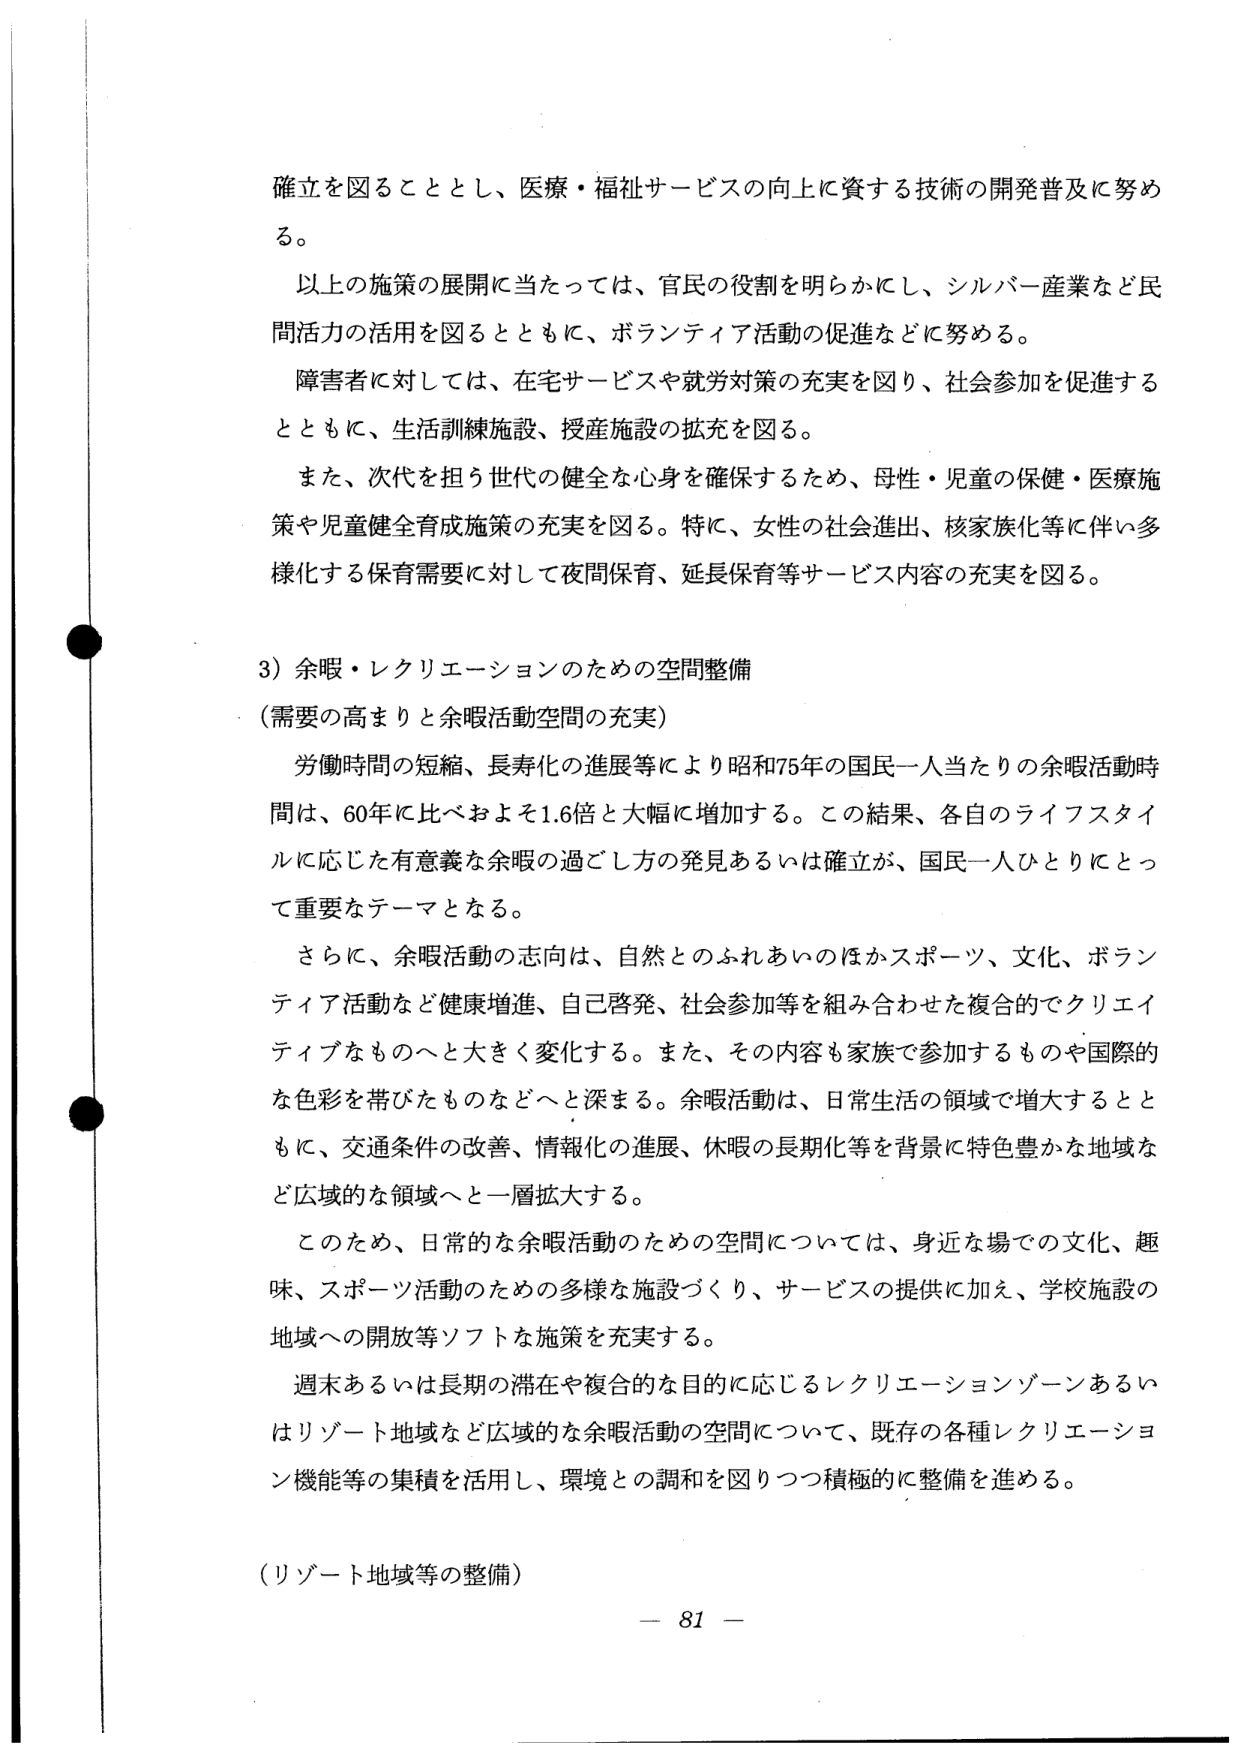
確立を図ることとし、医療・福祉サービスの向上に資する技術の開発普及に努める。

以上の施策の展開に当たっては、官民の役割を明らかにし、シルバー産業など民間活力の活用を図るとともに、ボランティア活動の促進などに努める。

障害者に対しては、在宅サービスや就労対策の充実を図り、社会参加を促進するとともに、生活訓練施設、授産施設の拡充を図る。

また、次代を担う世代の健全な心身を確保するため、母性・児童の保健・医療施策や児童健全育成施策の充実を図る。特に、女性の社会進出、核家族化等に伴い多様化する保育需要に対して夜間保育、延長保育等サービス内容の充実を図る。

3）余暇・レクリエーションのための空間整備
（需要の高まりと余暇活動空間の充実）

労働時間の短縮、長寿化の進展等により昭和75年の国民一人当たりの余暇活動時間は、60年に比べおよそ1.6倍と大幅に増加する。この結果、各自のライフスタイルに応じた有意義な余暇の過ごし方の発見あるいは確立が、国民一人ひとりにとって重要なテーマとなる。

さらに、余暇活動の志向は、自然とのふれあいのほかスポーツ、文化、ボランティア活動など健康増進、自己啓発、社会参加等を組み合わせた複合的でクリエイティブなものへと大きく変化する。また、その内容も家族で参加するものや国際的な色彩を帯びたものなどへと深まる。余暇活動は、日常生活の領域で増大するとともに、交通条件の改善、情報化の進展、休暇の長期化等を背景に特色豊かな地域など広域的な領域へと一層拡大する。

このため、日常的な余暇活動のための空間については、身近な場での文化、趣味、スポーツ活動のための多様な施設づくり、サービスの提供に加え、学校施設の地域への開放等ソフトな施策を充実する。

週末あるいは長期の滞在や複合的な目的に応じるレクリエーションゾーンあるいはリゾート地域など広域的な余暇活動の空間について、既存の各種レクリエーション機能等の集積を活用し、環境との調和を図りつつ積極的に整備を進める。

（リゾート地域等の整備）

－ 81 －